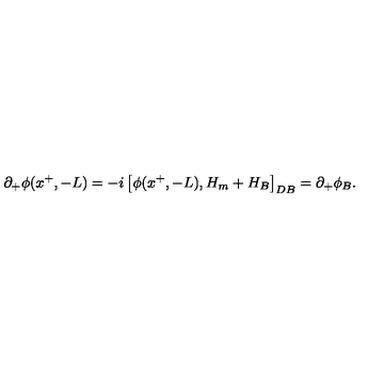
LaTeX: \partial _ { + } \phi ( x ^ { + } , - L ) = - i \left[ \phi ( x ^ { + } , - L ) , H _ { m } + H _ { B } \right] _ { D B } = \partial _ { + } \phi _ { B } .